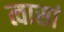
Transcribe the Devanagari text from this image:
त्वासां